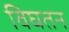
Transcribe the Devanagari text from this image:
विघतन